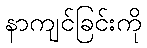
နာကျင်ခြင်းကို